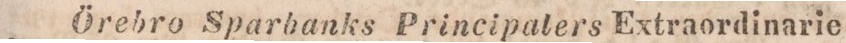
Örebro Sparbanks Principalers Extraordinarie